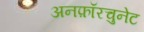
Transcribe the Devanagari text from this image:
अनफ़ॉरचुनेट